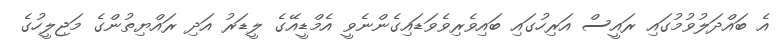
އެ ބައްދަލުވުމުގައި ރައީސް އަރިހުގައި ބައިވެރިވެވަޑައިގެންނެވީ އެމްޑީއޭގެ ލީޑަރު އަދި ރައްޔިތުންގެ މަޖިލީހުގެ